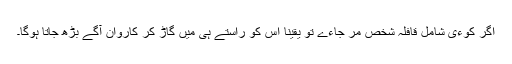
اگر کوءی شامل قافلہ شخص مر جاءے تو یقینا اس کو راستے ہی میں گاڑ کر کاروان آگے بڑھ جاتا ہوگا۔